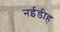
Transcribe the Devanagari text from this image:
नईडीह